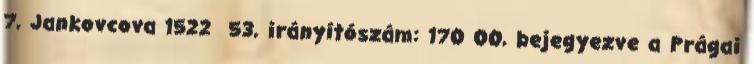
7, Jankovcova 1522 53, irányítószám: 170 00, bejegyezve a Prágai